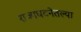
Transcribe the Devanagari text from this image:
राज्यघटनेतल्या